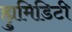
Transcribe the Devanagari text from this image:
ह्युमिडिटी